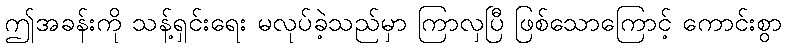
ဤအခန်းကို သန့်ရှင်းရေး မလုပ်ခဲ့သည်မှာ ကြာလှပြီ ဖြစ်သောကြောင့် ကောင်းစွာ